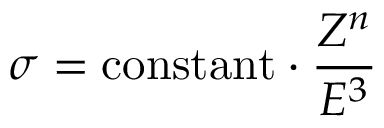
\sigma = \mathrm { c o n s t a n t } \cdot { \frac { Z ^ { n } } { E ^ { 3 } } }